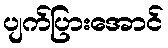
ပျက်ပြားအောင်